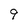
Character: 9